Lunatic asylums Central Provinces reports 1895-1909 - 1895-1909
Year: 1895
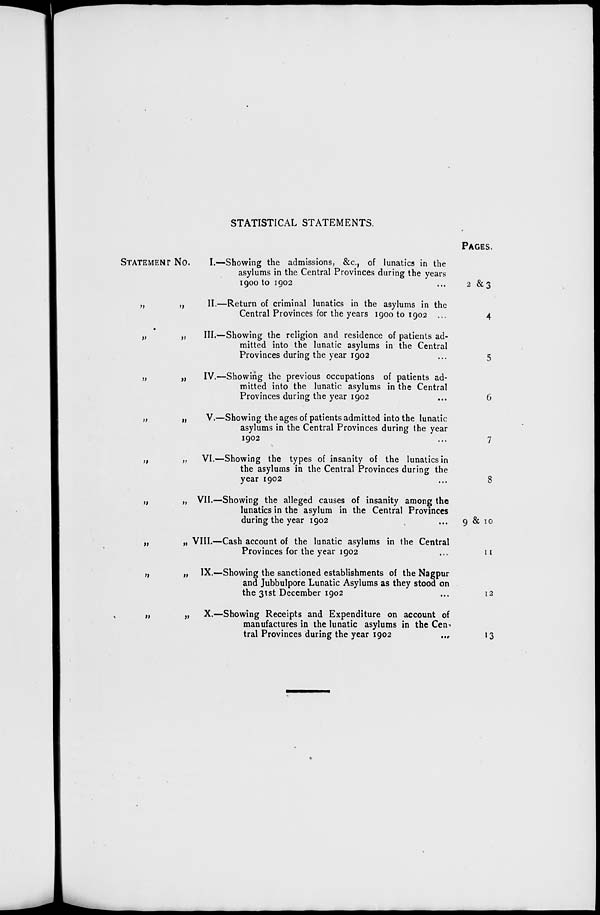
STATISTICAL STATEMENTS.
STATEMENT No.
I.—Showing the admissions, &c., of lunatics in the
asylums in the Central Provinces during the years
1900 to 1902...
„
„
II.—Return of criminal lunatics in the asylums in the
Central Provinces for the years 1900 to 1902...
„
„
III.—Showing the religion and residence of patients ad-
mitted into the lunatic asylums in the Central
Provinces during the year 1902...
„
„
IV.—Showing the previous occupations of patients ad-
mitted into the lunatic asylums in the Central
Provinces during the year 1902...
„
„
V.—Showing the ages of patients admitted into the lunatic
asylums in the Central Provinces during the year
1902...
„
„ VI.—Showing the types of insanity of the lunatics in
the asylums in the Central Provinces during the
year 1902...
„
„ VII.—Showing the alleged causes of insanity among the
lunatics in the asylum in the Central Provinces
during the year 1902...
„
„ VIII.—Cash account of the lunatic asylums in the Central
Provinces for the year 1902...
„
„ IX.—Showing the sanctioned establishments of the Nagpur
and Jubbulpore Lunatic Asylums as they stood on
the 31st December 1902...
„
„ X.—Showing Receipts and Expenditure on account of
manufactures in the lunatic asylums in the Cen-
tral Provinces during the year 1902
...
PAGES.
2 & 3
4
5
6
7
8
9 & 10
11
12
13